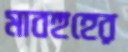
মাবহুহের